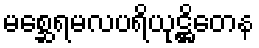
မစ္ဆေရမလပရိယုဋ္ဌိတေန